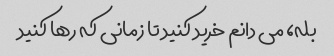
بله، می دانم خرید کنید تا زمانی که رها کنید